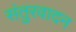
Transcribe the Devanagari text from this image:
संतुरवादन